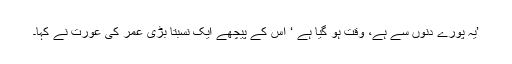
’یہ پورے دنوں سے ہے، وقت ہو گیا ہے ‘ اس کے پیچھے ایک نسبتاً بڑی عمر کی عورت نے کہا۔